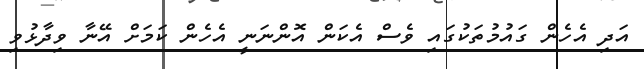
އަދި އެހެން ގައުމުތަކުގައި ވެސް އެކަން އޮންނަނީ އެހެން ކަމަށް އޭނާ ވިދާޅުވި